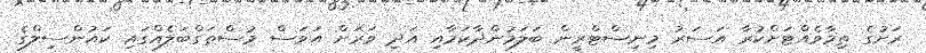
ރަށުގެ ތިމާވެއްޓަށްކުރާ އަސަރު މިނިސްޓްރީން ބަލަމުންދާކަމާއި އަދި ވަރަށް އަވަސް މުސްތަގްބަލެއްގައި ކައުންސިލްގެ